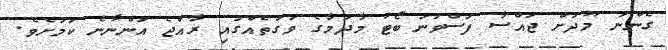
ގެންނަ މޫދަށް ޖައްސާ ފަސްވަނަ ބޯޓު މާދަމާގެ ވަގުތެއްގައި ރާއްޖެ އަންނާނެ ކަމަށެވެ.